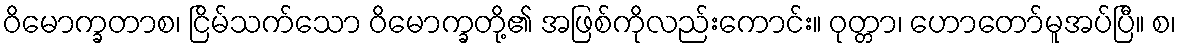
ဝိမောက္ခတာစ၊ ငြိမ်သက်သော ဝိမောက္ခတို့၏ အဖြစ်ကိုလည်းကောင်း။ ဝုတ္တာ၊ ဟောတော်မူအပ်ပြီ။ စ၊